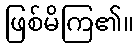
ဖြစ်မိကြ၏။